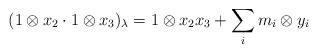
LaTeX: \begin{align*}(1\otimes x_2\cdot1\otimes x_3)_{\lambda}=1\otimes x_2x_3+\sum_i m_i\otimes y_i\end{align*}